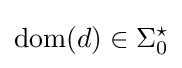
{\text{dom}}(d)\in \Sigma _{0}^{\star }